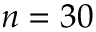
n = 3 0